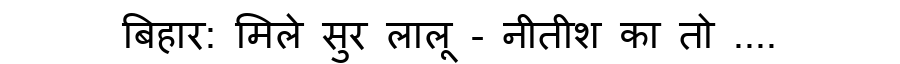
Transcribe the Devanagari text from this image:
बिहार: मिले सुर लालू - नीतीश का तो ....